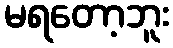
မရတော့ဘူး